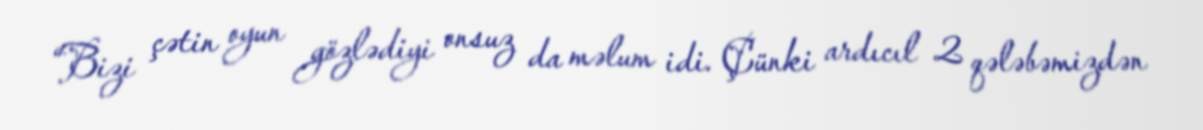
“Bizi çətin oyun gözlədiyi onsuz da məlum idi. Çünki ardıcıl 2 qələbəmizdən